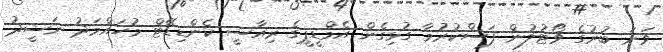
ވަނަ ބުރުގެ ވޯޓުލުން ފަސްކުރުމާ ގުޅިގެން އެމްޑީޕީގެ ރިއާސީ ކެންޑިޑޭޓް މުހައްމަދު ނަޝީދު